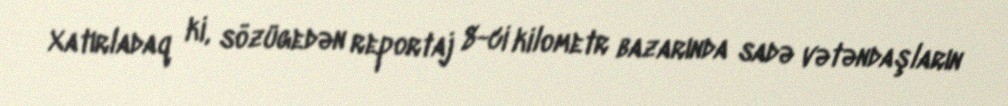
Xatırladaq ki, sözügedən reportaj 8-ci kilometr bazarında sadə vətəndaşların